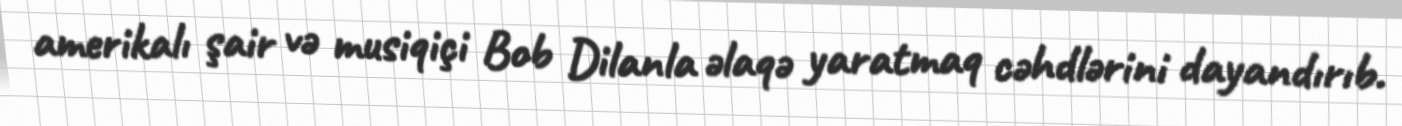
amerikalı şair və musiqiçi Bob Dilanla əlaqə yaratmaq cəhdlərini dayandırıb.